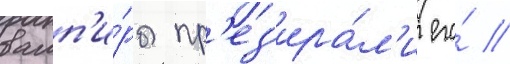
вамп'и́ры пр'ез'ира́л'и его́ //